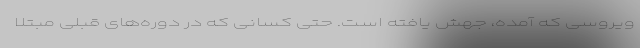
ویروسی که آمده، جهش یافته است. حتی کسانی که در دوره‌های قبلی مبتلا